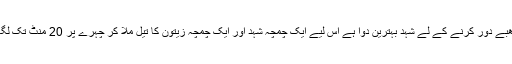
چہرے کے داغ: چہرے پر موجود داغ دھبے دور کرنے کے لے شہد بہترین دوا ہے اس لیے ایک چمچہ شہد اور ایک چمچہ زیتون کا تیل ملا کر چہرے پر 20 منٹ تک لگائیں اور پھر اسے گرم پانی سے دھو لیں۔